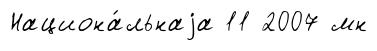
Национа́льнаjа 11 2007 мн